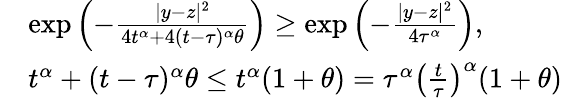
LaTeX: \begin{array}{rl}&{\exp\left(-\frac{|y-z|^{2}}{4t^{\alpha}+4(t-\tau)^{\alpha}\theta}\right)\ge\exp\left(-\frac{|y-z|^{2}}{4\tau^{\alpha}}\right),}\\ &{t^{\alpha}+(t-\tau)^{\alpha}\theta\le t^{\alpha}(1+\theta)=\tau^{\alpha}\left(\frac{t}{\tau}\right)^{\alpha}(1+\theta)}\end{array}